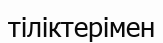
тіліктерімен